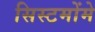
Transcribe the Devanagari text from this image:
सिस्टमोंमे